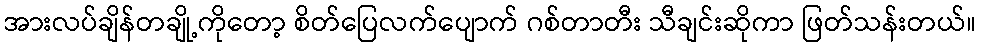
အားလပ်ချိန်တချို့ကိုတော့ စိတ်ပြေလက်ပျောက် ဂစ်တာတီး သီချင်းဆိုကာ ဖြတ်သန်းတယ်။